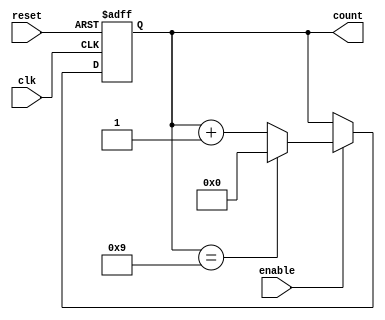
module decade_counter (
    input wire clk,         // Clock input
    input wire reset,       // Asynchronous reset
    input wire enable,      // Enable signal
    output reg [3:0] count  // 4-bit output for the counter
);

// Always block for synchronous behavior
always @(posedge clk or posedge reset) begin
    if (reset) begin
        count <= 4'b0000;  // Reset count to 0
    end else if (enable) begin
        if (count == 4'b1001) begin
            count <= 4'b0000;  // Reset to 0 after reaching 9
        end else begin
            count <= count + 1; // Increment count
        end
    end
end

endmodule